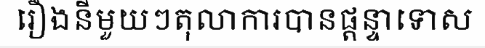
រឿងនីមួយៗតុលាការបានផ្តន្ទាទោស